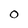
Character: 0